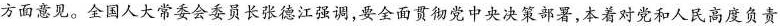
方面意见。全国人大常委会委员长张德江强调，要全面贯彻党中央决策部署，本着对党和人民高度负责